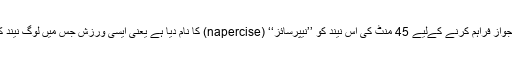
کلب نے اپنی مشہوری اور تگڑی فیس کو جواز فراہم کرنے کےلیے 45 منٹ کی اس نیند کو ’’نیپرسائز‘‘ (napercise) کا نام دیا ہے یعنی ایسی ورزش جس میں لوگ نیند کے ذریعے صحت یابی حاصل کرتے ہوں۔